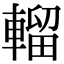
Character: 𨍸